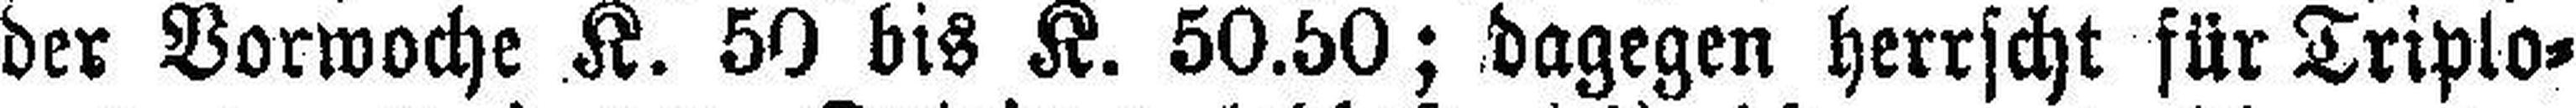
der Vorwoche K. 50 bis K. 50.50; dagegen herrscht für Triplo=